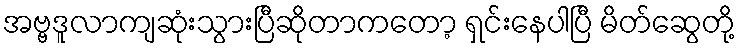
အဗ္ဗဒူလာကျဆုံးသွားပြီဆိုတာကတော့ ရှင်းနေပါပြီ မိတ်ဆွေတို့